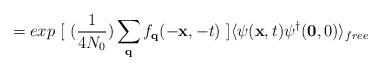
LaTeX: \begin{align*}= exp\mbox{ }[ \mbox{ }(\frac{1}{4N_{0}})\sum_{ {\bf{q}} }f_{ {\bf{q}} }(-{\bf{x}},-t) \mbox{ }]\langle \psi({\bf{x}},t)\psi^{\dagger}({\bf{0}},0)\rangle_{free}\end{align*}